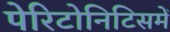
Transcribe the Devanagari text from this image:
पेरिटोनिटिसमें